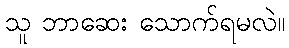
သူ ဘာဆေး သောက်ရမလဲ။